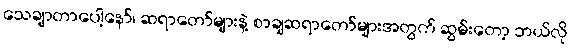
သေချာတာပေါ့နော်၊ ဆရာတော်များနဲ့ စာချဆရာတော်များအတွက် ဆွမ်းတော့ ဘယ်လို